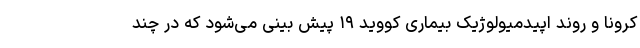
کرونا و روند اپیدمیولوژیک بیماری کووید ۱۹ پیش بینی می‌شود که در چند